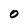
Character: O